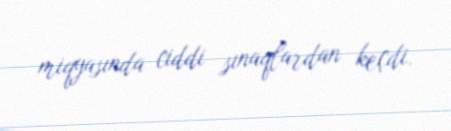
miqyasında ciddi sınaqlardan keçdi.